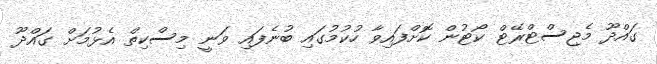
ގައްދޫ މެޖިސްޓްރޭޓް ކޯޓުން ކޮށްފައިވާ ހުކުމުގައި ބުނެފައި ވަނީ މިސްކިތް އެޅުމަށް ގައްދޫ